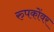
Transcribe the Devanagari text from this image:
रुपकोंवर